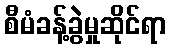
စီမံခန့်ခွဲမှုဆိုင်ရာ